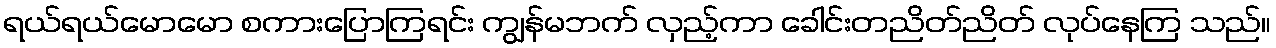
ရယ်ရယ်မောမော စကားပြောကြရင်း ကျွန်မဘက် လှည့်ကာ ခေါင်းတညိတ်ညိတ် လုပ်နေကြ သည်။